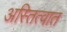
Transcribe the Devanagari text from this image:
अस्तित्‍वात